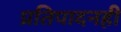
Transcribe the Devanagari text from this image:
प्रतिपादनही